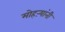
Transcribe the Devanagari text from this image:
मोहऱ्यांनी